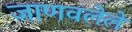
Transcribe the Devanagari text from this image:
जाणवलेले